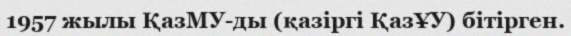
1957 жылы ҚазМУ-ды (қазіргі ҚазҰУ) бітірген.